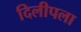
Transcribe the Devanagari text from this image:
दिलीपला